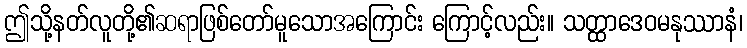
ဤသို့နတ်လူတို့၏ဆရာဖြစ်တော်မူသောအကြောင်း ကြောင့်လည်း။ သတ္ထာဒေဝမနုဿာနံ၊